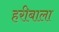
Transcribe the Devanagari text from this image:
हरीबाला